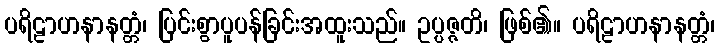
ပရိဠာဟနာနတ္တံ၊ ပြင်းစွာပူပန်ခြင်းအထူးသည်။ ဥပ္ပဇ္ဇတိ၊ ဖြစ်၏။ ပရိဠာဟနာနတ္တံ၊